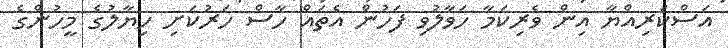
އަސްކަރިއްޔާ އިން ވެރިކަމާ ހަވާލުވި ފަހުން އެތައް ހާސް ހަރުކަށި ހިޔާލުގެ މީހުންގެ